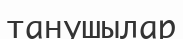
танушылар